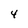
Character: 4